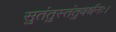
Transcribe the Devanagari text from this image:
सुतंतुस्तंतुवर्धनः।